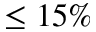
\leq 1 5 \%